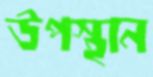
উপস্থান